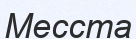
Месста